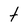
Character: t